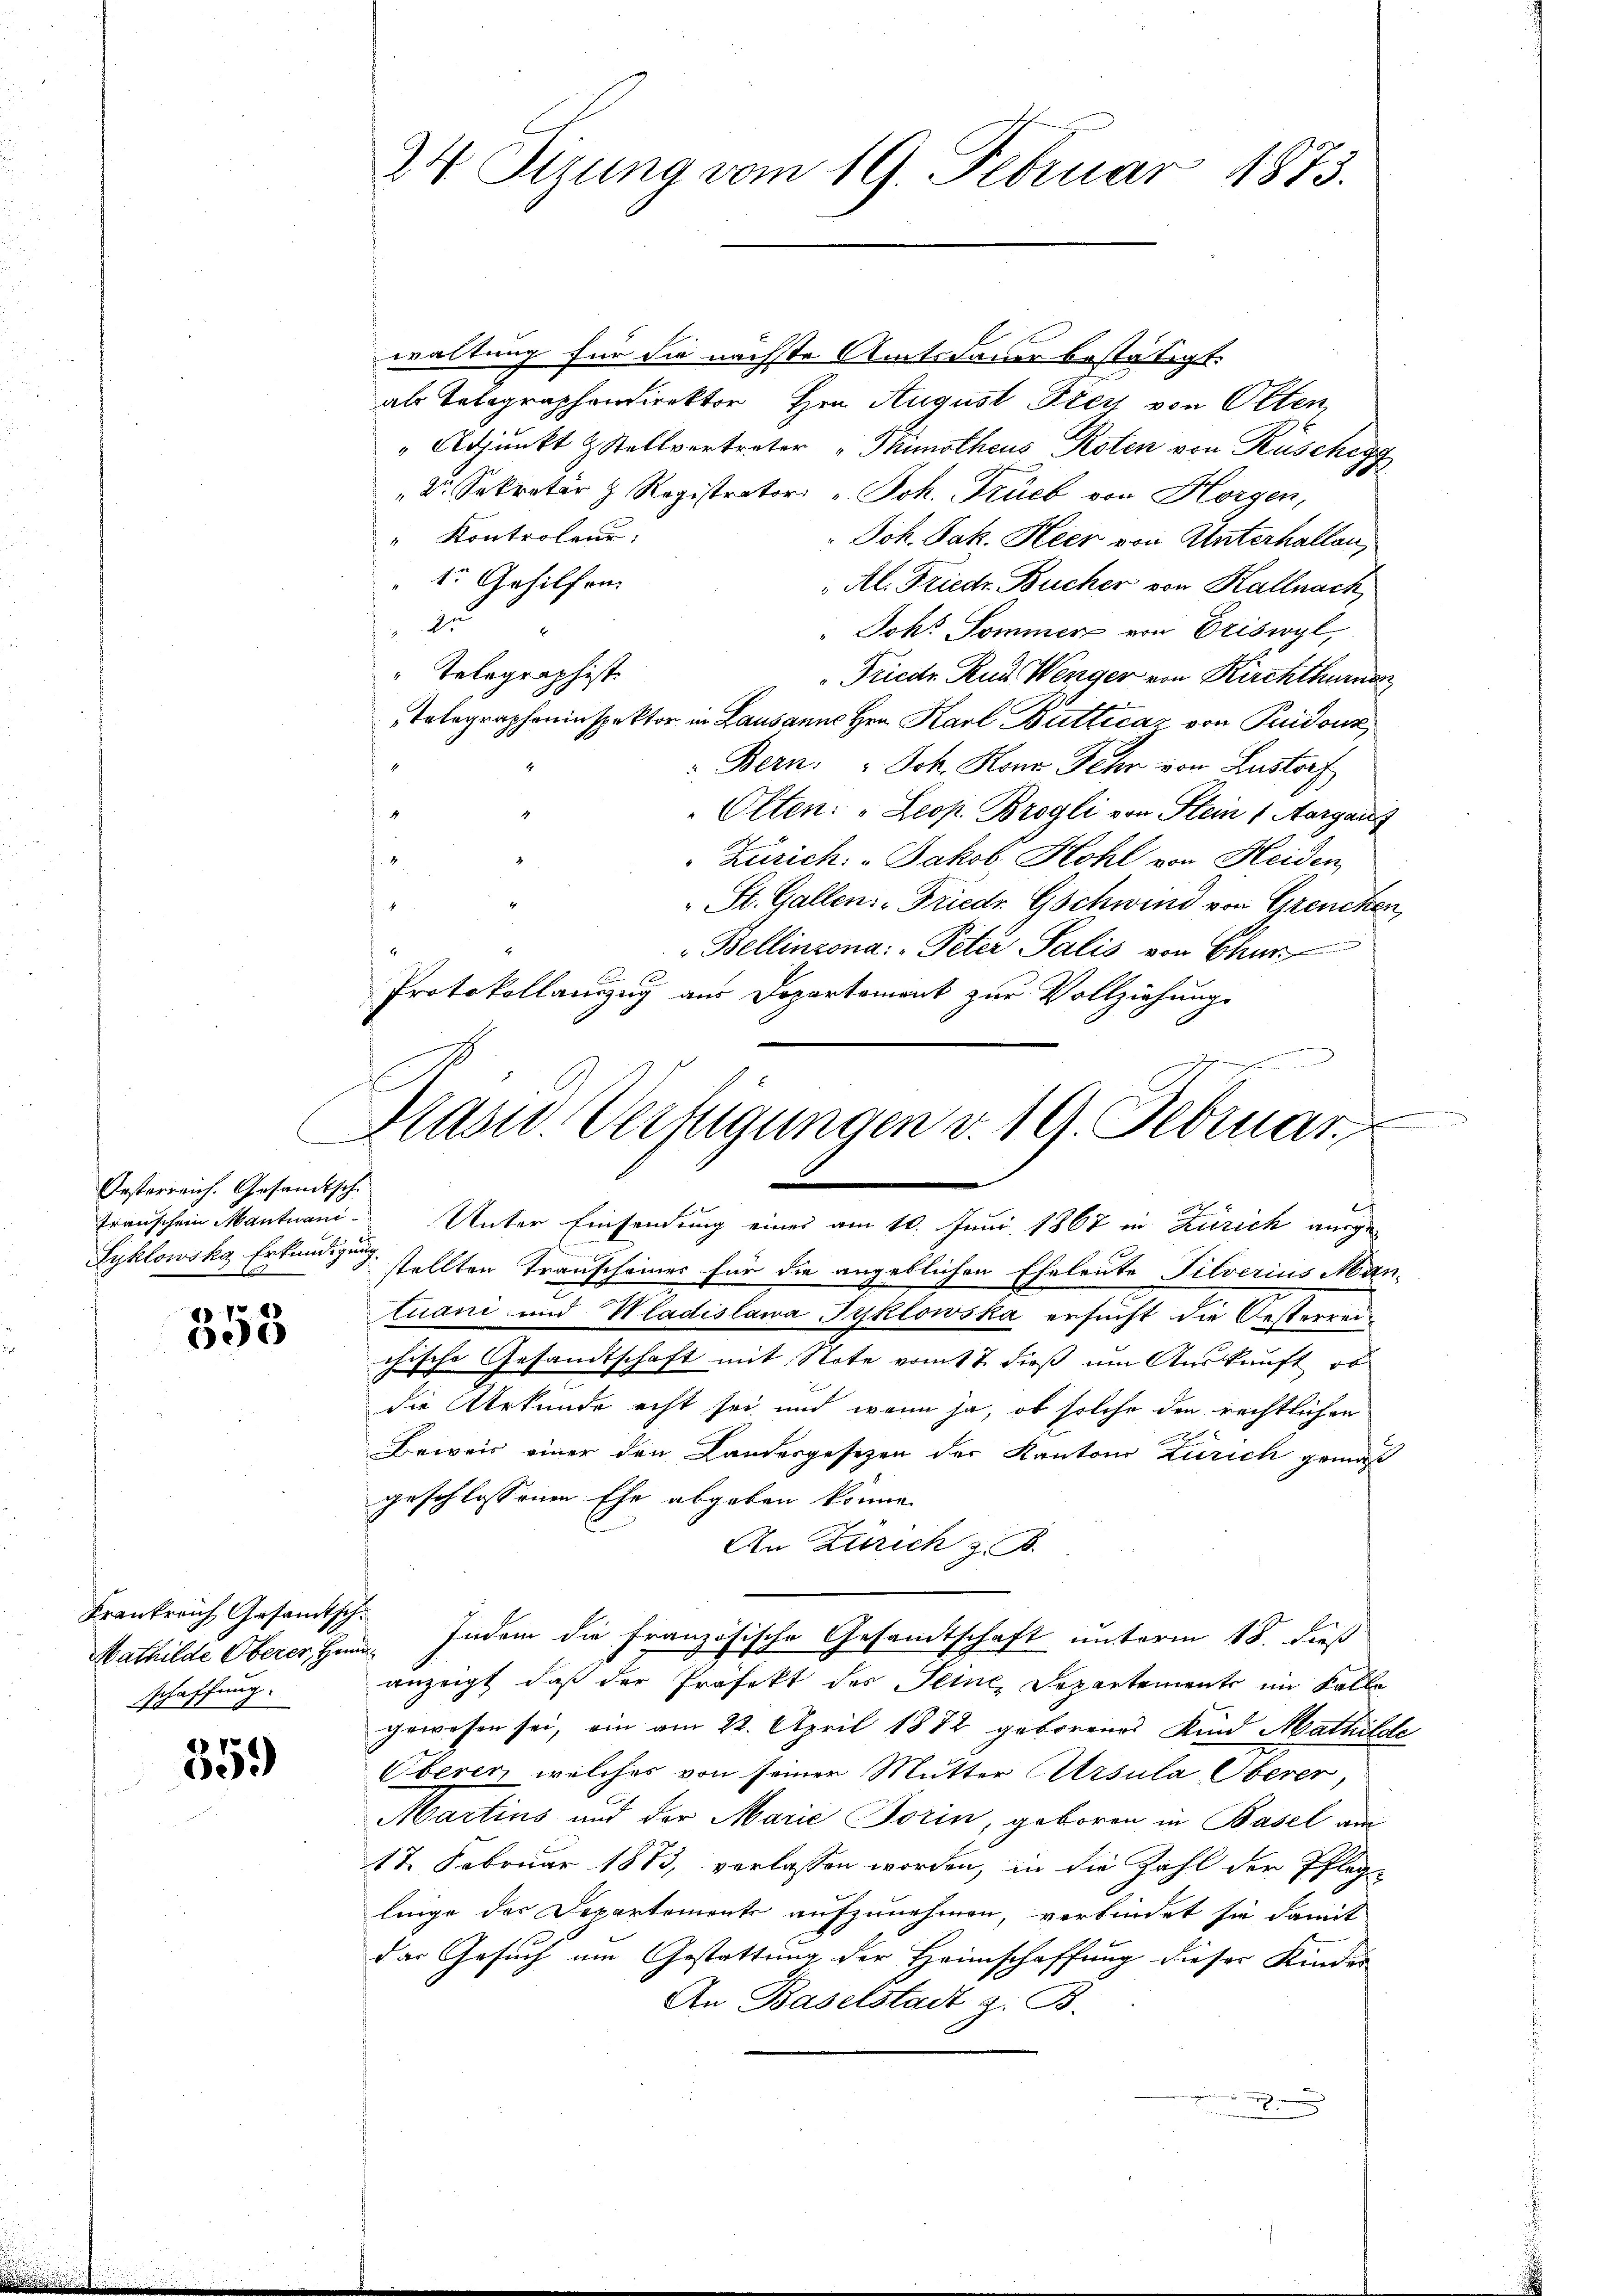
Oesterreich. Gesandtsch.

6
605

Frankreich Gesandtsch.
schaffung.

359

waltung für die nächste Amtsdauer bestätigt.
als Telegraphendirektor Hrn. August Frey von Olten,
"Adjunkt & Stellvertreter "Thimsthaus Roten von Rüsches
" Dr. Sekretär z Registrator Joh. Trieb von Horgen,
" Kontroleur,
Joh. Jak. Heer von Unterhallen,
 1r Gehilfen.
Al. Friedr. Bücher von Kallnach
22
" Joh. Sommen von Eriswyl
" Telegraphist.
Friedr. Rud. Wenger von Kirchthurn
Telegrapheninspektor in Lausanne Hrn. Karl Butticaz von Guidour,
Bern. " Joh. Korn Sehr von Lustorf
Olten: „Leop. Brogli von Stein 1 Aargauf
e
Zürich. - Jakob Kohl von Heiden
St. Gallen. - Friedr Gschwind von Grenchen,
4
Bellinzona: Peter Salis von Chur
Protokollanzug aus Departement zur Vollziehungs

24 Sizung vom 19. Februar 1873.

Syklowska Erkundigung stellten Transcheines für die angeblichen Eheleute Tilverius Man-
tuani und Wladislawa Tyklowska ersucht die Oesterreichische Gesandtschaft mit Note vom 17. dieß um Auskunft, ob
die Urkunde echt sei und wenn ja, ob solche den rechtlichen
Beweis einer den Landesgesetzen der Kantons Zürich gemäß
geschlossenen Ehe abgeben könne.
An Zürich z. B.
Mathilde Oberer, Hum. Indem die Französische Gesandtschaft unterm 18. dieß
anzeigt, daß der Präfekt des Seine Departemente im Kolle
gewesen sei, ein am 22. April 1872 geborenes Kind Mathilde
Oberen welches von seiner Mutter Arsula Oberer,
Martins und der Marie Torin, geboren in Basel am
17. Februar 1873, verlassen worden, in die Zahl der Pfleg-
linge der Departements aufzunehmen, verbindet sie damit
das Gesuch um Gestattung der Heimschaffung dieser Kinder
An Baselstadt z. B.
.

Masw. Verfügungen v. 19. Februar
.
Transchein Mantuani Unter Einsendung eines am 10. Juni 1867 in Zürich ausge-